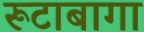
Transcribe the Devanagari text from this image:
रूटाबागा